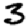
Digit: 3